Civil Veterinary Department. Madras. Admin. report 1926-33 - 1926-1933
Year: 1926
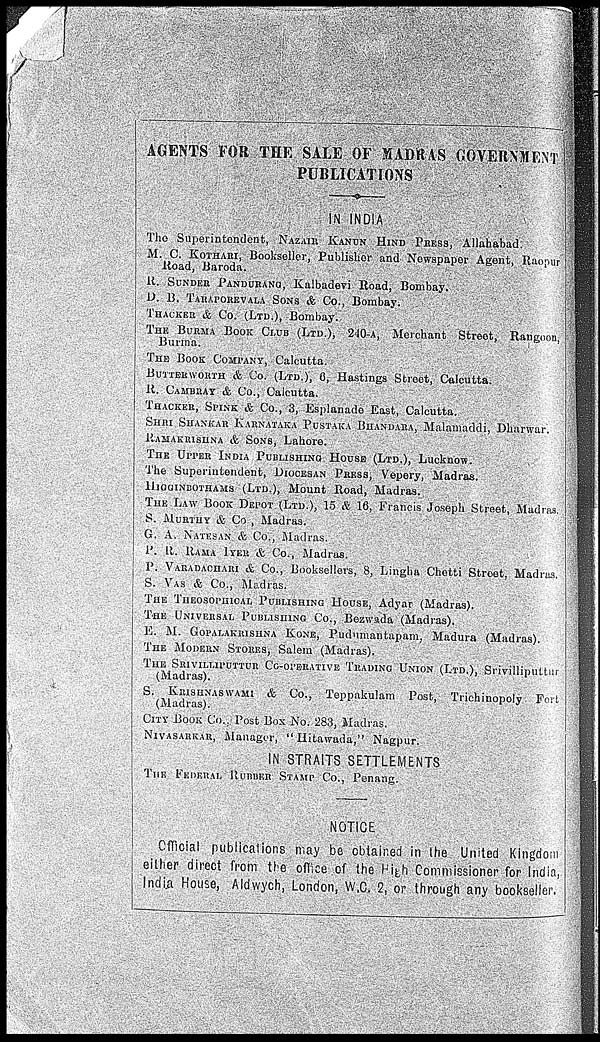
AGENTS FOR THE SALE OF MADRAS GOVERNMENT
PUBLICATIONS
IN INDIA
The Superintendent, NAZAIR KANUN HIND PRESS, Allahabad.
M. C. KOTHARI, Bookseller, Publisher and Newspaper Agent, Raopur
Road, Baroda.
R. SUNDER PANDURANG, Kalbadevi Road, Bombay.
D. B. TARAPOREVALA SONS & Co., Bombay.
THACKER & Co. (LTD.), Bombay.
THE BURMA BOOK CLUB (LTD.), 240-A, Merchant Street, Rangoon,
Burma.
THE BOOD COMPANY, Calcutta.
BUTTERWORTH & Co. (LTD.), 6, Hastings Street, Calcutta.
R. CAMBRAY & Co., Calcutta.
THACKER, SPINK & Co., 3, Esplanade East, Calcutta.
SHRI SHANKAR KARNATAKA PUSTAKA BHANDARA, Malamaddi, Dharwar.
RAMAKRISHNA & SONS, Lahore.
THE UPPER INDIA PUBLISHING HOUSE (LTD.), Lucknow.
The Superintendent, DIOCESAN PRESS, Vepery, Madras.
HIGGINBOTHAMS (LTD.), Mount Road, Madras.
THE LAW BOOD DEPOT (LTD.), 15 & 16, Francis Joseph Street,
Madras.
S. MURTHY & Co , Madras.
G. A. NATESAN & Co., Madras.
P. R. RAMA IYER & Co., Madras.
P. VARADACHARI & Co., Booksellers, 8, Lingha Chetti Street.
Madras.
S. VAS & Co., Madras.
THE THEOSOPHICAL PUBLISHING HOUSE, Adyar (Madras).
THE UNIVERSAL PUBLISHING Co., Bezwada (Madras).
E. M. GOPALAKRISHNA KONE, Pudumantapam. Madura (Madras).
THE MODERN STORES, Salem (Madras).
THE SRIVILLIPUTTUR CO-OPERATIVE TRADING UNION (LTD.),
Srivilliputtur
(Madras).
S. KRISHNASWAMI & Co., Teppakulam
Post, Trichinopoly
Fort
(Madras).
CITY BOOK Co.. Post Box No. 283, Madras.
NIVASARKAR, Manager, "Hitawada," Nagpur.
IN STRAITS SETTLEMENTS
THE FEDRAL RUBBER STAMP Co., Penang.
NOTICE
Official publications may be obtained in the United Kingdom
either direct from the office of the High Commissioner for India,
India House, Aldwych, London. W.C. 2, or through any bookseller.